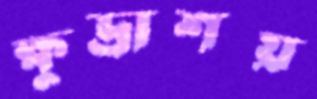
ক্ষুদ্রাশয়